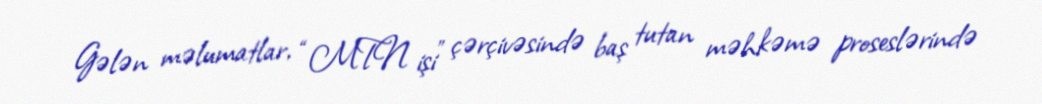
Gələn məlumatlar, “MTN işi” çərçivəsində baş tutan məhkəmə proseslərində